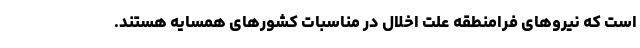
است که نیروهای فرامنطقه علت اخلال در مناسبات کشورهای همسایه هستند.